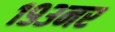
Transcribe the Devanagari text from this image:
१९३नर